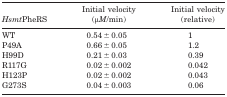
<table><thead><tr><td><b><i>Hsmt</i>PheRS</b></td><td><b>Initial velocity (μ<i>M</i>/min)</b></td><td><b>Initial velocity (relative)</b></td></tr></thead><tbody><tr><td>WT</td><td>0.54 ± 0.05</td><td>1</td></tr><tr><td>P49A</td><td>0.66 ± 0.05</td><td>1.2</td></tr><tr><td>H99D</td><td>0.21 ± 0.03</td><td>0.39</td></tr><tr><td>R117G</td><td>0.02 ± 0.002</td><td>0.042</td></tr><tr><td>H123P</td><td>0.02 ± 0.002</td><td>0.043</td></tr><tr><td>G273S</td><td>0.04 ± 0.003</td><td>0.06</td></tr></tbody></table>